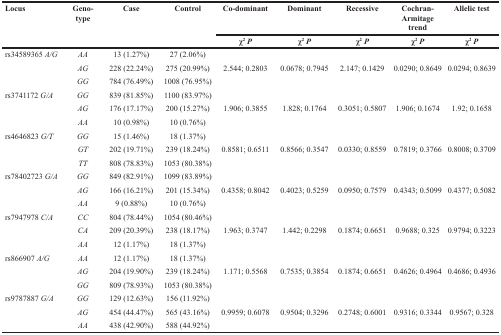
<table><thead><tr><td rowspan="2"><b>Locus</b></td><td rowspan="2"><b>Geno-type</b></td><td rowspan="2"><b>Case</b></td><td rowspan="2"><b>Control</b></td><td><b>Co-dominant</b></td><td><b>Dominant</b></td><td><b>Recessive</b></td><td><b>Cochran-Armitage trend</b></td><td><b>Allelic test</b></td></tr><tr><td><b>χ<sup>2</sup><i>P</i></b></td><td><b>χ<sup>2</sup><i>P</i></b></td><td><b>χ<sup>2</sup><i>P</i></b></td><td><b>χ<sup>2</sup><i>P</i></b></td><td><b>χ<sup>2</sup><i>P</i></b></td></tr></thead><tbody><tr><td>rs34589365 <i>A/G</i></td><td><i>AA</i></td><td>13 (1.27%)</td><td>27 (2.06%)</td><td></td><td></td><td></td><td></td><td></td></tr><tr><td></td><td><i>AG</i></td><td>228 (22.24%)</td><td>275 (20.99%)</td><td>2.544; 0.2803</td><td>0.0678; 0.7945</td><td>2.147; 0.1429</td><td>0.0290; 0.8649</td><td>0.0294; 0.8639</td></tr><tr><td></td><td><i>GG</i></td><td>784 (76.49%)</td><td>1008 (76.95%)</td><td></td><td></td><td></td><td></td><td></td></tr><tr><td>rs3741172 <i>G/A</i></td><td><i>GG</i></td><td>839 (81.85%)</td><td>1100 (83.97%)</td><td></td><td></td><td></td><td></td><td></td></tr><tr><td></td><td><i>AG</i></td><td>176 (17.17%)</td><td>200 (15.27%)</td><td>1.906; 0.3855</td><td>1.828; 0.1764</td><td>0.3051; 0.5807</td><td>1.906; 0.1674</td><td>1.92; 0.1658</td></tr><tr><td></td><td><i>AA</i></td><td>10 (0.98%)</td><td>10 (0.76%)</td><td></td><td></td><td></td><td></td><td></td></tr><tr><td>rs4646823 <i>G/T</i></td><td><i>GG</i></td><td>15 (1.46%)</td><td>18 (1.37%)</td><td></td><td></td><td></td><td></td><td></td></tr><tr><td></td><td><i>GT</i></td><td>202 (19.71%)</td><td>239 (18.24%)</td><td>0.8581; 0.6511</td><td>0.8566; 0.3547</td><td>0.0330; 0.8559</td><td>0.7819; 0.3766</td><td>0.8008; 0.3709</td></tr><tr><td></td><td><i>TT</i></td><td>808 (78.83%)</td><td>1053 (80.38%)</td><td></td><td></td><td></td><td></td><td></td></tr><tr><td>rs78402723 <i>G/A</i></td><td><i>GG</i></td><td>849 (82.91%)</td><td>1099 (83.89%)</td><td></td><td></td><td></td><td></td><td></td></tr><tr><td></td><td><i>AG</i></td><td>166 (16.21%)</td><td>201 (15.34%)</td><td>0.4358; 0.8042</td><td>0.4023; 0.5259</td><td>0.0950; 0.7579</td><td>0.4343; 0.5099</td><td>0.4377; 0.5082</td></tr><tr><td></td><td><i>AA</i></td><td>9 (0.88%)</td><td>10 (0.76%)</td><td></td><td></td><td></td><td></td><td></td></tr><tr><td>rs7947978 <i>C/A</i></td><td><i>CC</i></td><td>804 (78.44%)</td><td>1054 (80.46%)</td><td></td><td></td><td></td><td></td><td></td></tr><tr><td></td><td><i>CA</i></td><td>209 (20.39%)</td><td>238 (18.17%)</td><td>1.963; 0.3747</td><td>1.442; 0.2298</td><td>0.1874; 0.6651</td><td>0.9688; 0.325</td><td>0.9794; 0.3223</td></tr><tr><td></td><td><i>AA</i></td><td>12 (1.17%)</td><td>18 (1.37%)</td><td></td><td></td><td></td><td></td><td></td></tr><tr><td>rs866907 <i>A/G</i></td><td><i>AA</i></td><td>12 (1.17%)</td><td>18 (1.37%)</td><td></td><td></td><td></td><td></td><td></td></tr><tr><td></td><td><i>AG</i></td><td>204 (19.90%)</td><td>239 (18.24%)</td><td>1.171; 0.5568</td><td>0.7535; 0.3854</td><td>0.1874; 0.6651</td><td>0.4626; 0.4964</td><td>0.4686; 0.4936</td></tr><tr><td></td><td><i>GG</i></td><td>809 (78.93%)</td><td>1053 (80.38%)</td><td></td><td></td><td></td><td></td><td></td></tr><tr><td>rs9787887 <i>G/A</i></td><td><i>GG</i></td><td>129 (12.63%)</td><td>156 (11.92%)</td><td></td><td></td><td></td><td></td><td></td></tr><tr><td></td><td><i>AG</i></td><td>454 (44.47%)</td><td>565 (43.16%)</td><td>0.9959; 0.6078</td><td>0.9504; 0.3296</td><td>0.2748; 0.6001</td><td>0.9316; 0.3344</td><td>0.9567; 0.328</td></tr><tr><td></td><td><i>AA</i></td><td>438 (42.90%)</td><td>588 (44.92%)</td><td></td><td></td><td></td><td></td><td></td></tr></tbody></table>